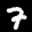
Label: 7